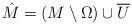
LaTeX: \begin{align*}\hat M = (M\setminus \Omega) \cup \overline U\end{align*}